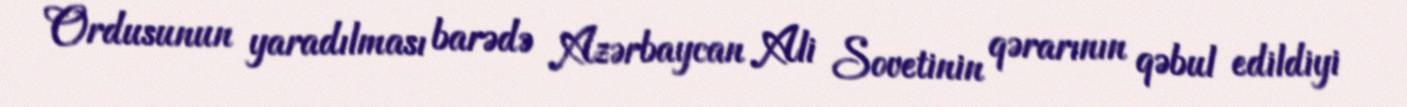
Ordusunun yaradılması barədə Azərbaycan Ali Sovetinin qərarının qəbul edildiyi